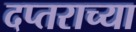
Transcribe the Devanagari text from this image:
दप्तराच्या